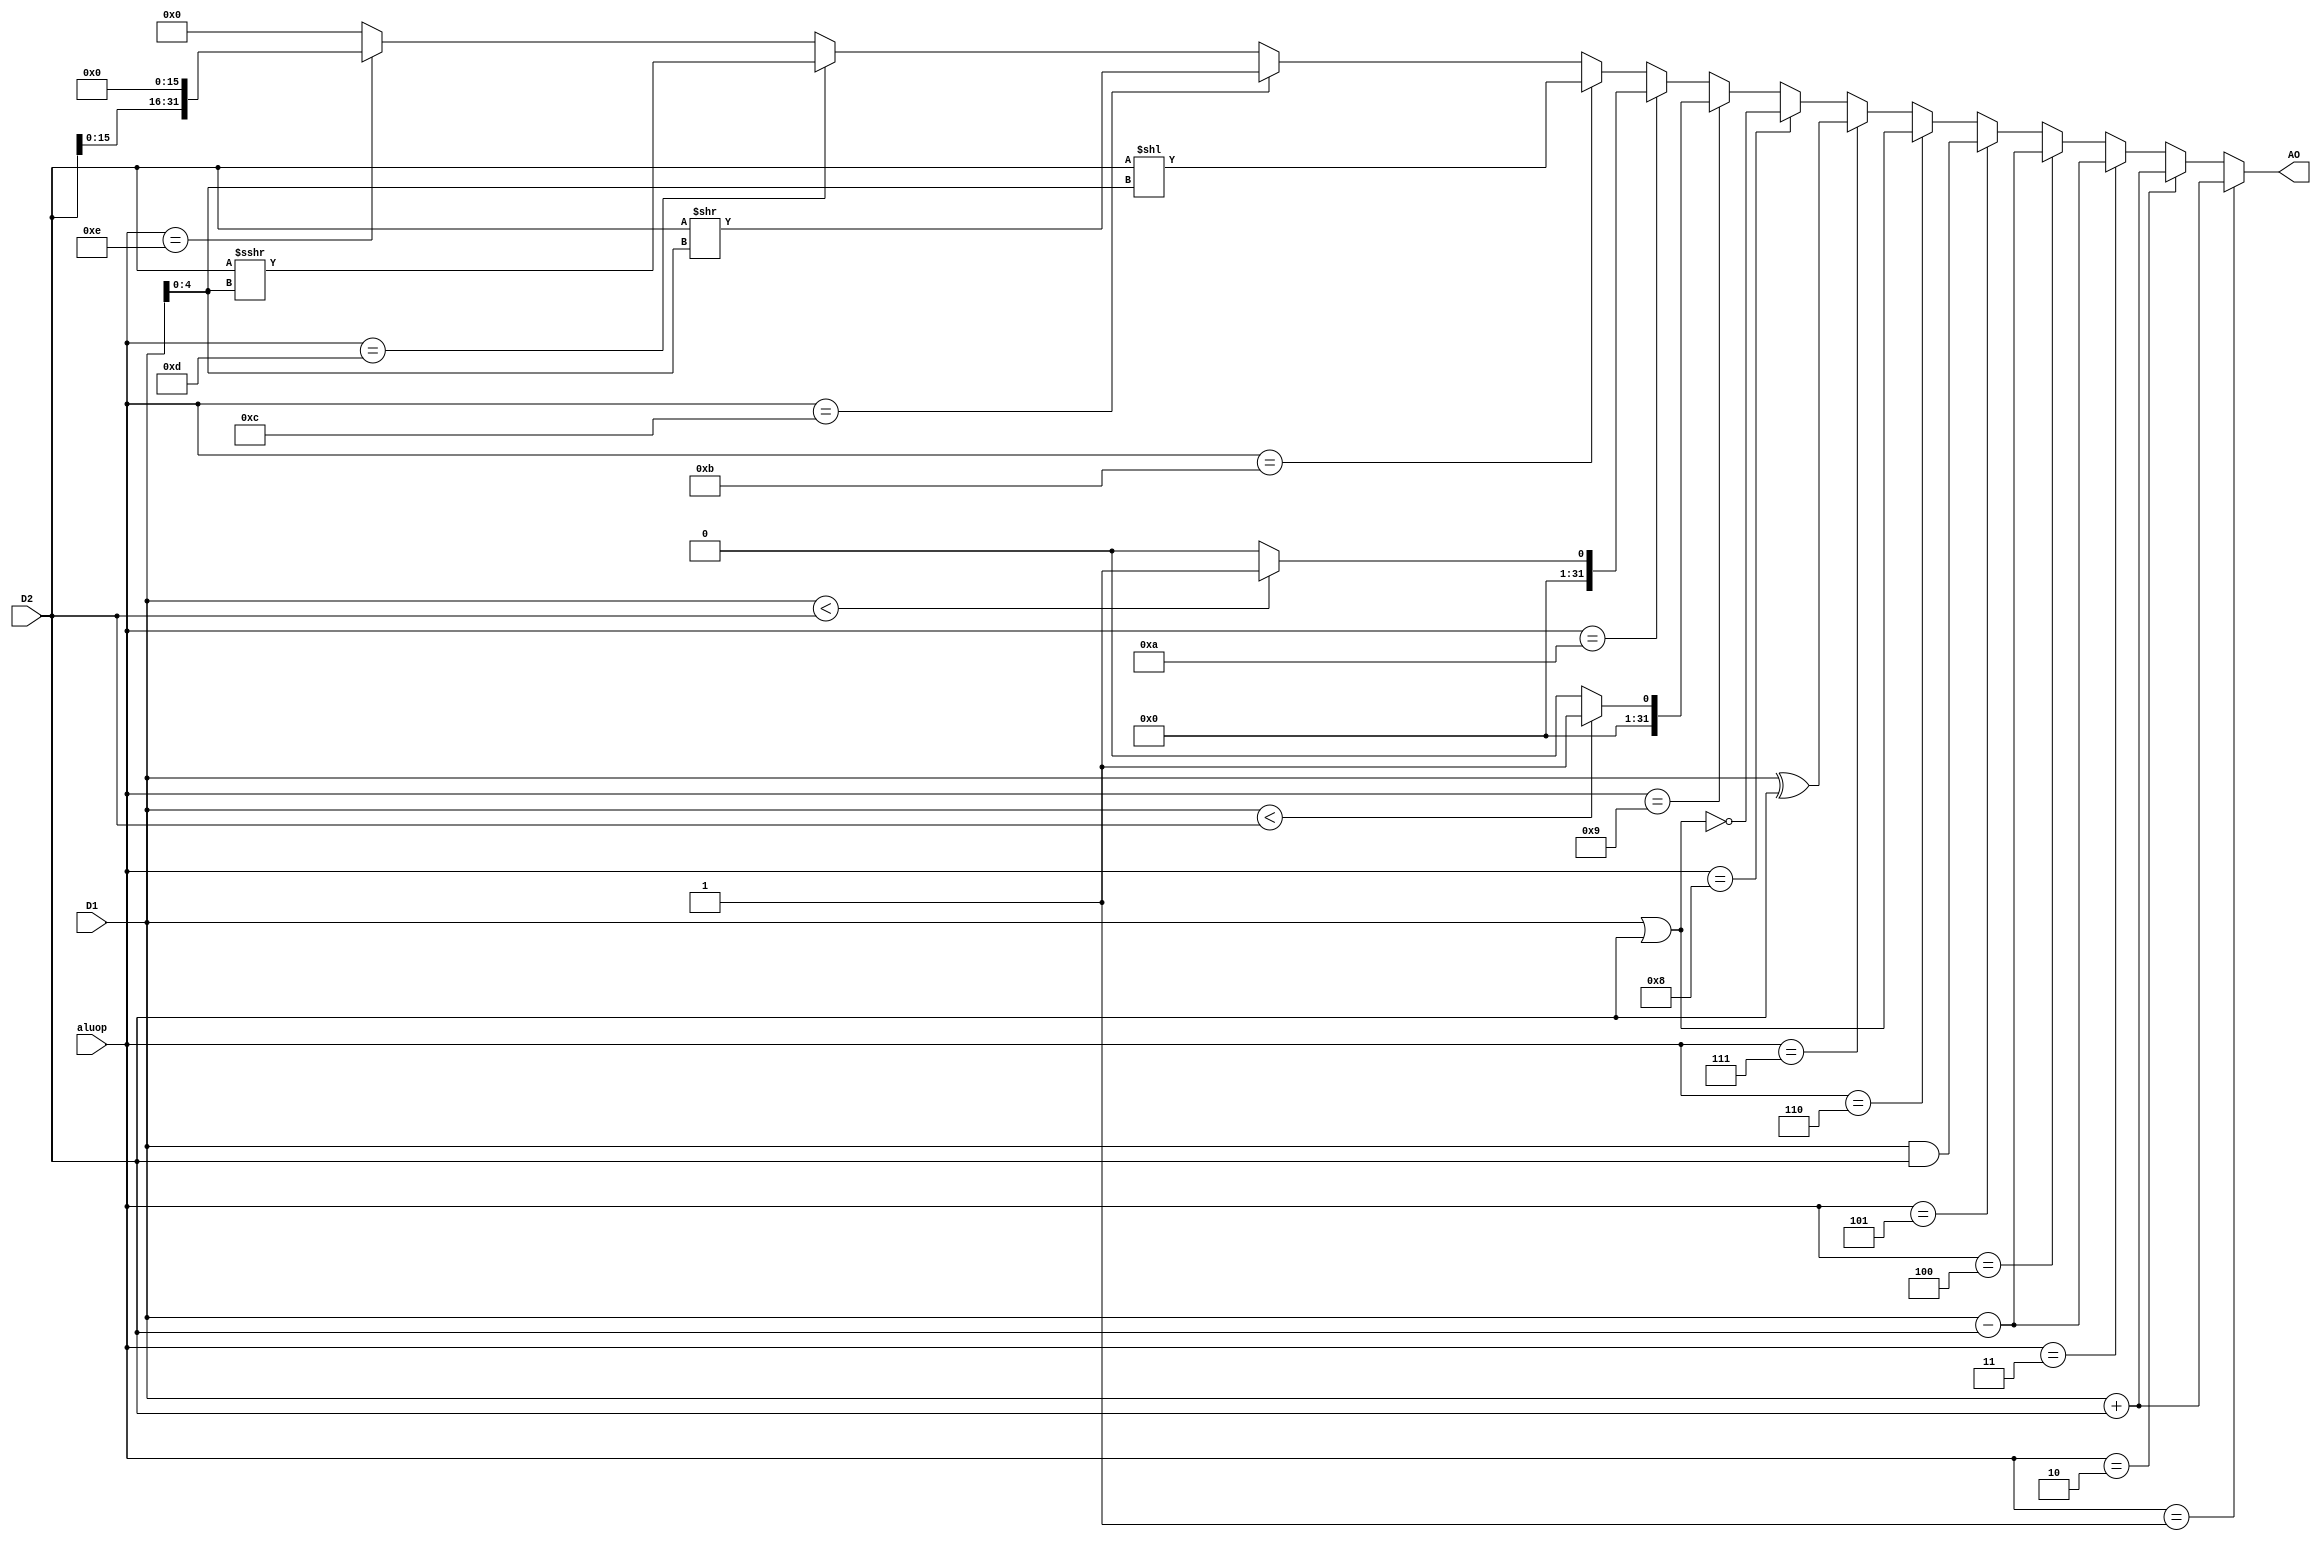
`timescale 1ns / 1ps
//////////////////////////////////////////////////////////////////////////////////
// Company: 
// Engineer: 
// 
// Design Name: 
// Module Name:    ALU 
// Project Name: 
// Target Devices: 
// Tool versions: 
// Description: 
//
// Dependencies: 
//
// Revision: 
// Revision 0.01 - File Created
// Additional Comments: 
//
//////////////////////////////////////////////////////////////////////////////////
module ALU(
    input [31:0] D1,
    input [31:0] D2,
    input [4:0] aluop,
    output [31:0] AO
	 );
	assign AO=	(aluop==5'b00001)?D1+D2:
					(aluop==5'b00010)?D1+D2:
					(aluop==5'b00011)?D1-D2:
					(aluop==5'b00100)?D1-D2:
					(aluop==5'b00101)?D1&D2:
					(aluop==5'b00110)?D1|D2:
					(aluop==5'b00111)?D1^D2:
					(aluop==5'b01000)?~(D1|D2):
					(aluop==5'b01001)?($signed(D1)<$signed(D2))?1:0:
					(aluop==5'b01010)?(D1<D2)?1:0:
					(aluop==5'b01011)?D2<<{D1[4:0]}:
					(aluop==5'b01100)?D2>>{D1[4:0]}:
					(aluop==5'b01101)?$signed($signed(D2)>>>{D1[4:0]}):
					(aluop==5'b01110)?{D2[15:0],{16'b0}}:
					0;

endmodule